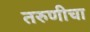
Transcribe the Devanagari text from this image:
तरुणीचा